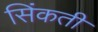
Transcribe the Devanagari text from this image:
सिंकती